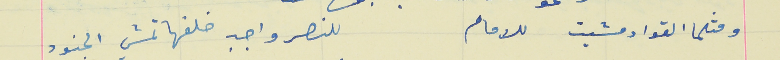
ومثلما القواد مشيت للامام                                للنصر واجب خلفها تمشي الجنود